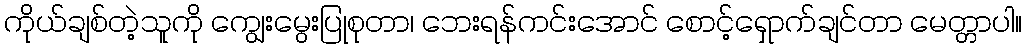
ကိုယ်ချစ်တဲ့သူကို ကျွေးမွေးပြုစုတာ၊ ဘေးရန်ကင်းအောင် စောင့်ရှောက်ချင်တာ မေတ္တာပါ။